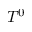
T ^ { 0 }